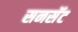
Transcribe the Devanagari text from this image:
सनसॅट